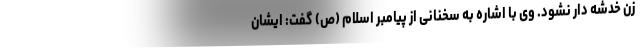
زن خدشه دار نشود. وی با اشاره به سخنانی از پیامبر اسلام (ص) گفت: ایشان